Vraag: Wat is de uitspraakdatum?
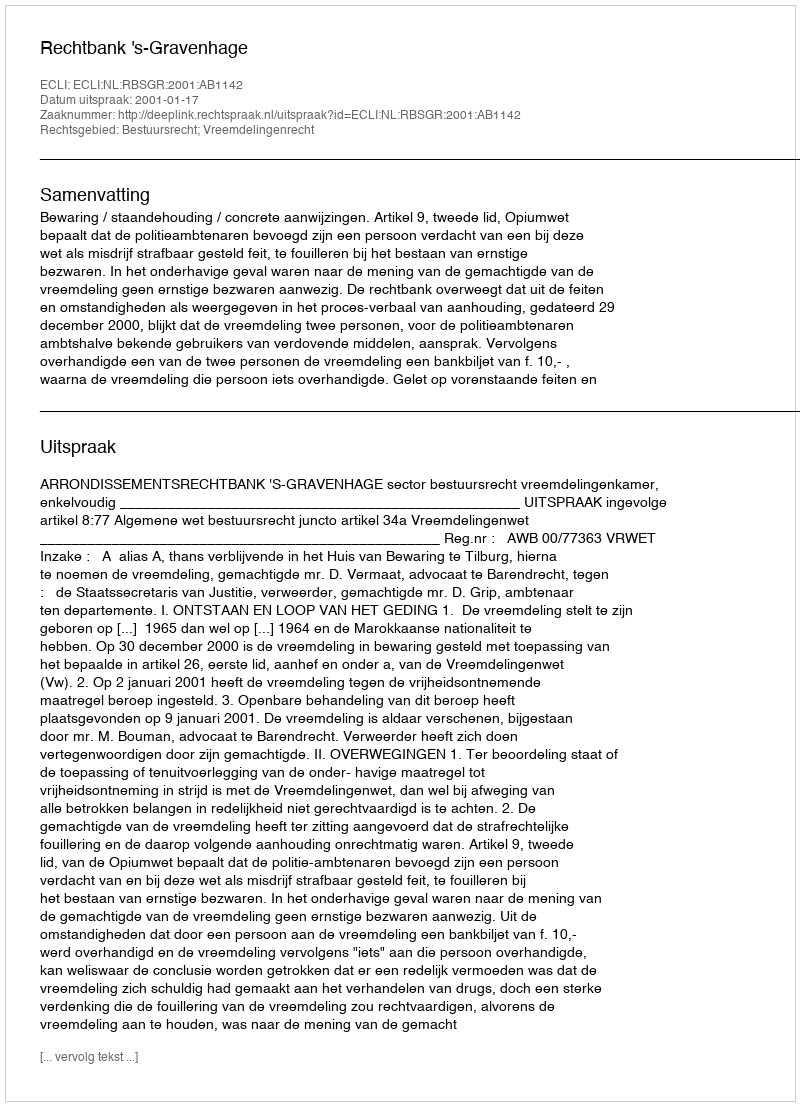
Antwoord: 2001-01-17